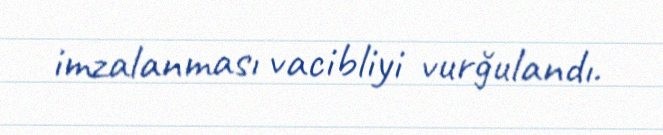
imzalanması vacibliyi vurğulandı.